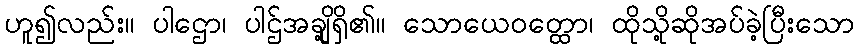
ဟူ၍လည်း။ ပါဌော၊ ပါဌ်အချို့ရှိ၏။ သောယေဝတ္ထော၊ ထိုသို့ဆိုအပ်ခဲ့ပြီးသော